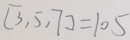
[ 3 , 5 , 7 ] = 1 0 5